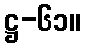
ဋ္ဌ-၆၁။